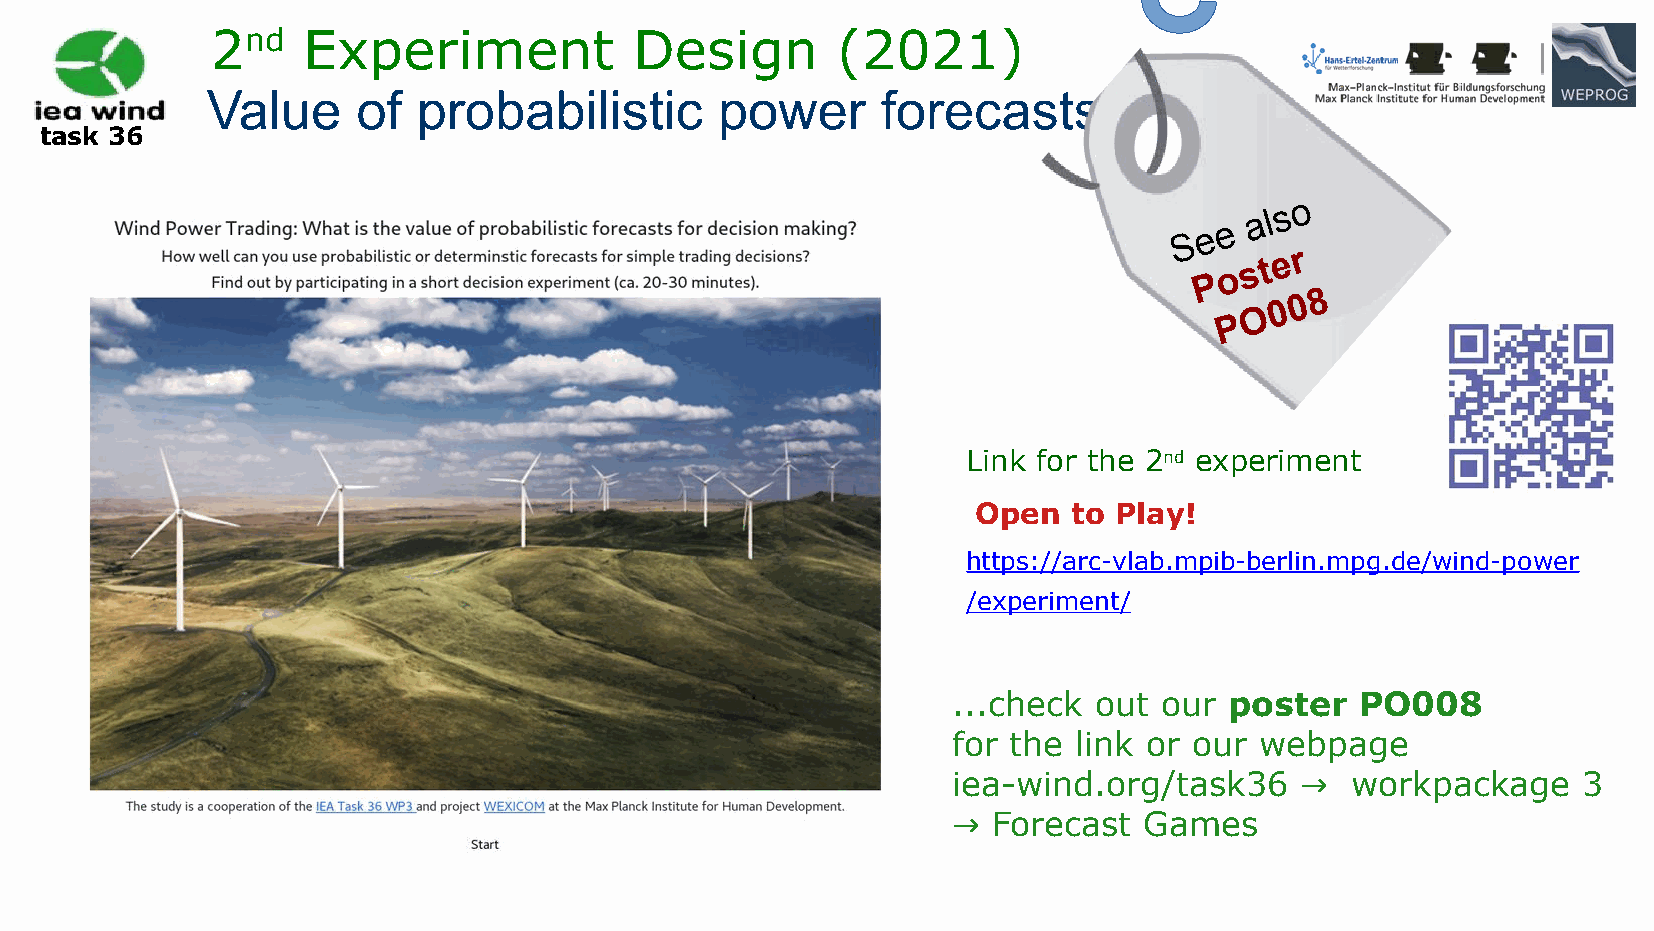
2nd   Experiment            Design       (2021)
 Value     of  probabilistic       power     forecasts
 task 36
 S e e
 o
 sa tl es ro
 P
 O 0 0 8
 P
 Link for the 2nd experiment
 Open  to Play!
 https://arc-vlab.mpib-berlin.mpg.de/wind-power
 /experiment/
 ...check out  our poster   PO008
 for the link or our webpage
 iea-wind.org/task36    →  workpackage     3
 →  Forecast  Games